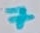
Text: 7